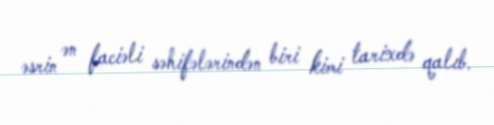
əsrin ən faciəli səhifələrindən biri kimi tarixdə qalıb.